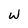
Character: W